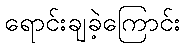
ရောင်းချခဲ့ကြောင်း